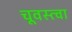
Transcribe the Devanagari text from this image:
चूवस्त्वा